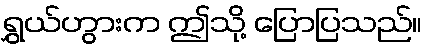
ရွှယ်ဟွားက ဤသို့ ပြောပြသည်။